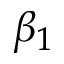
\beta _ { 1 }